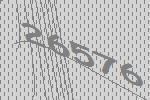
26576